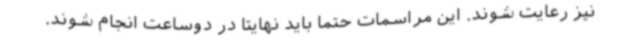
نیز رعایت شوند. این مراسمات حتما باید نهایتا در دوساعت انجام شوند.